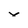
Character: x